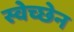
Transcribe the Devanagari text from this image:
स्वेच्छेन